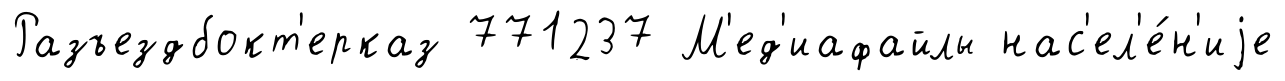
Разъездбокт'ерказ 771237 М'ед'иафайлы нас'ел'е́н'иjе